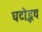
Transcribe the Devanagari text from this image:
घटोद्भव